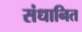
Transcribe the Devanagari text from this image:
संधानित